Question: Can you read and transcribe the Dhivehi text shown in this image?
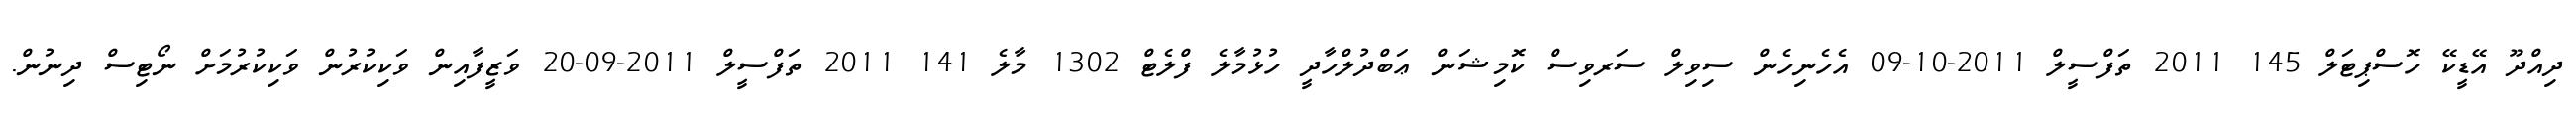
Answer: ދިއްދޫ އޭޑީކޭ ހޮސްޕިޓަލް 145 2011 ތަފްސީލް 2011-10-09 އެހެނިހެން ސިވިލް ސަރވިސް ކޮމިޝަން ޢަބްދުލްހާދީ ހުޅުމާލެ ފްލެޓް 1302 މާލެ 141 2011 ތަފްސީލް 2011-09-20 ވަޒީފާއިން ވަކިކުރުން ވަކިކުރުމަށް ނޯޓިސް ދިނުން.